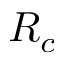
R _ { c }